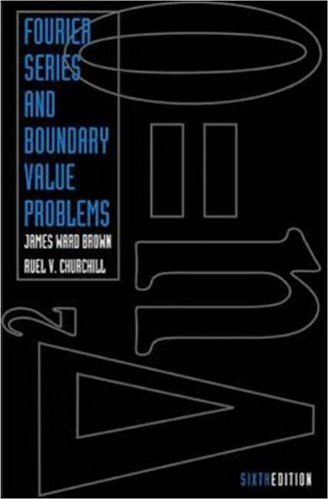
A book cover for Fourier Series and Boundary Value Problems; James Ward Brown; Science & Math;